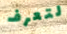
لتعرف